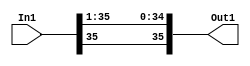
// -------------------------------------------------------------
// 
// 
// Generated by MATLAB 8.2 and HDL Coder 3.3
// 
// -------------------------------------------------------------


// -------------------------------------------------------------
// 
// Module: velocityControlHdl_Convert_Data_Type1_block
// Source Path: velocityControlHdl/Control_DQ_Currents/Control_Current1/Convert_Data_Type1
// Hierarchy Level: 6
// 
// -------------------------------------------------------------

`timescale 1 ns / 1 ns

module velocityControlHdl_Convert_Data_Type1_block
          (
           In1,
           Out1
          );


  input   signed [35:0] In1;  // sfix36_En24
  output  signed [35:0] Out1;  // sfix36_En23


  wire signed [35:0] Data_Type_Conversion_out1;  // sfix36_En23


  // <S18>/Data Type Conversion
  assign Data_Type_Conversion_out1 = {In1[35], In1[35:1]};



  assign Out1 = Data_Type_Conversion_out1;

endmodule  // velocityControlHdl_Convert_Data_Type1_block